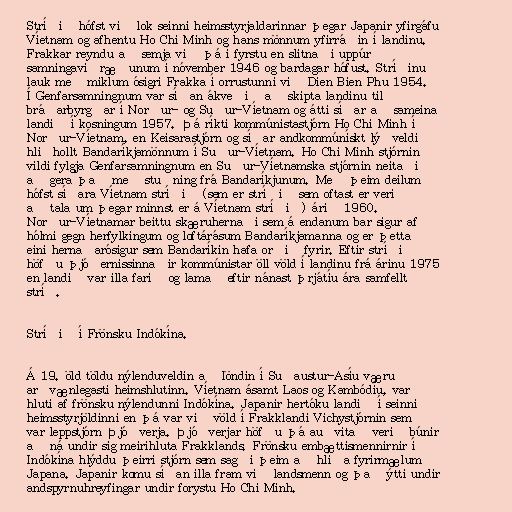
Stríðið hófst við lok seinni heimsstyrjaldarinnar þegar Japanir yfirgáfu
Víetnam og afhentu Ho Chi Minh og hans mönnum yfirráðin í landinu.
Frakkar reyndu að semja við þá í fyrstu en slitnaði uppúr
samningaviðræðunum í nóvember 1946 og bardagar hófust. Stríðinu
lauk með miklum ósigri Frakka í orrustunni við Dien Bien Phu 1954.
Í Genfarsamningnum var síðan ákveðið að skipta landinu til
bráðarbyrgðar í Norður- og Suður-Víetnam og átti síðar að sameina
landið í kosningum 1957. Þá ríkti kommúnistastjórn Ho Chi Minh í
Norður-Víetnam, en Keisarastjórn og síðar andkommúnískt lýðveldi
hliðhollt Bandaríkjamönnum í Suður-Víetnam. Ho Chi Minh stjórnin
vildi fylgja Genfarsamningnum en Suður-Víetnamska stjórnin neitaði
að gera það með stuðning frá Bandaríkjunum. Með þeim deilum
hófst síðara Víetnam stríðið (sem er stríðið sem oftast er verið
að tala um þegar minnst er á Víetnam stríðið) árið 1960.
Norður-Víetnamar beittu skæruhernaði sem á endanum bar sigur af
hólmi gegn herfylkingum og loftárásum Bandaríkjamanna og er þetta
eini hernaðarósigur sem Bandaríkin hafa orðið fyrir. Eftir stríðið
höfðu þjóðernissinnaðir kommúnistar öll völd í landinu frá árinu 1975
en landið var illa farið og lamað eftir nánast þrjátíu ára samfellt
stríð.

Stríðið í Frönsku Indókína.

Á 19. öld töldu nýlenduveldin að löndin í Suðaustur-Asíu væru
arðvænlegasti heimshlutinn. Víetnam ásamt Laos og Kambódíu, var
hluti af frönsku nýlendunni Indókína. Japanir hertóku landið í seinni
heimsstyrjöldinni en þá var við völd í Frakklandi Vichystjórnin sem
var leppstjórn Þjóðverja. Þjóðverjar höfðu þá auðvitað verið búnir
að ná undir sig meirihluta Frakklands. Frönsku embættismennirnir í
Indókína hlýddu þeirri stjórn sem sagði þeim að hlíða fyrirmælum
Japana. Japanir komu síðan illa fram við landsmenn og það ýtti undir
andspyrnuhreyfingar undir forystu Ho Chi Minh.